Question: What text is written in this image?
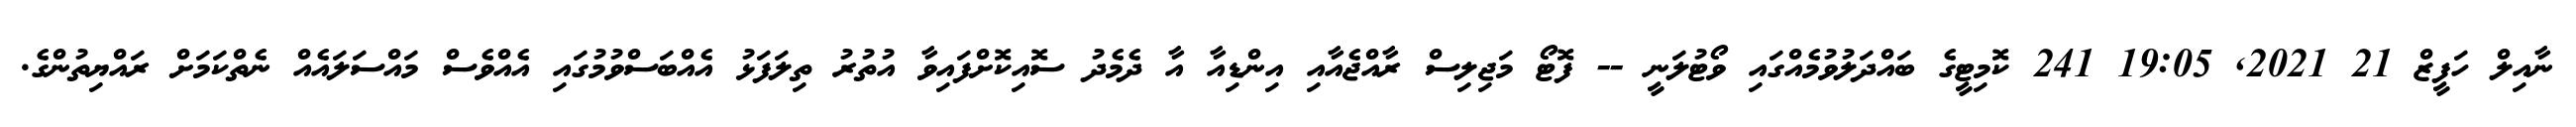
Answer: ނާއިލް ހަފީޒް 21 2021, 19:05 241 ކޮމިޓީގެ ބައްދަލުވުމެއްގައި ވޯޓުލަނީ -- ފޮޓޯ މަޖިލިސް ރާއްޖެއާއި އިންޑިއާ އާ ދެމެދު ސޮއިކޮށްފައިވާ އުތުރު ތިލަފަޅު އެއްބަސްވުމުގައި އެއްވެސް މައްސަލައެއް ނެތްކަމަށް ރައްޔިތުންގެ.